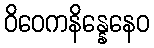
ဝိဝေကနိန္နေနေဝ